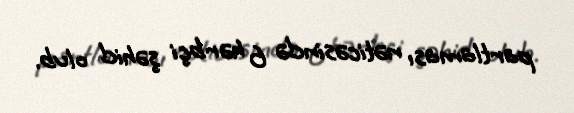
partlaması nəticəsində 6 hərbçi şəhid olub.